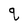
Character: q